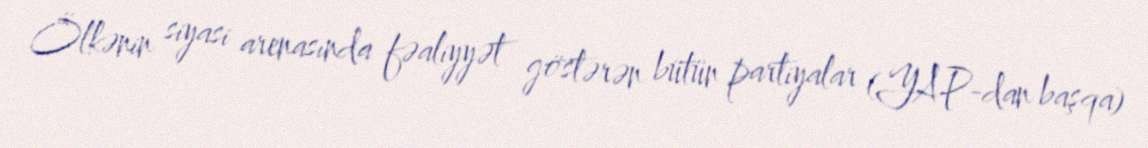
Ölkənin siyasi arenasında fəaliyyət göstərən bütün partiyalar (YAP-dan başqa)